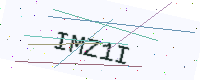
Text: IMZ1I